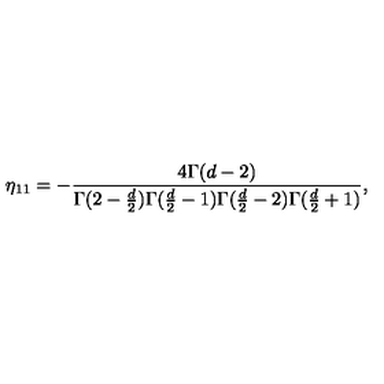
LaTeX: \eta _ { 1 1 } = - { \frac { 4 \Gamma ( d - 2 ) } { \Gamma ( 2 - { \frac { d } { 2 } } ) \Gamma ( { \frac { d } { 2 } } - 1 ) \Gamma ( { \frac { d } { 2 } } - 2 ) \Gamma ( { \frac { d } { 2 } } + 1 ) } } ,